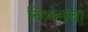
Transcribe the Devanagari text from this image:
व्हियेनचा